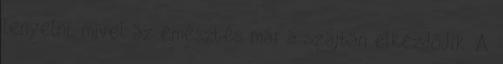
lenyelni, mivel az emésztés már a szájban elkezdődik. A